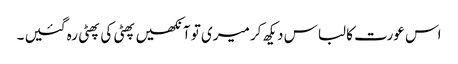
اس عورت کا لباس دیکھ کر میری تو آنکھیں پھٹی کی پھٹی رہ گئیں ۔